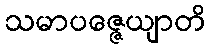
သမာပဇ္ဇေယျာတိ